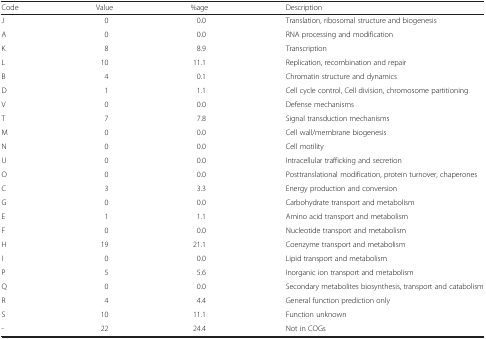
<table><thead><tr><td><b>Code</b></td><td><b>Value</b></td><td><b>%age</b></td><td><b>Description</b></td></tr></thead><tbody><tr><td>J</td><td>0</td><td>0.0</td><td>Translation, ribosomal structure and biogenesis</td></tr><tr><td>A</td><td>0</td><td>0.0</td><td>RNA processing and modification</td></tr><tr><td>K</td><td>8</td><td>8.9</td><td>Transcription</td></tr><tr><td>L</td><td>10</td><td>11.1</td><td>Replication, recombination and repair</td></tr><tr><td>B</td><td>4</td><td>0.1</td><td>Chromatin structure and dynamics</td></tr><tr><td>D</td><td>1</td><td>1.1</td><td>Cell cycle control, Cell division, chromosome partitioning</td></tr><tr><td>V</td><td>0</td><td>0.0</td><td>Defense mechanisms</td></tr><tr><td>T</td><td>7</td><td>7.8</td><td>Signal transduction mechanisms</td></tr><tr><td>M</td><td>0</td><td>0.0</td><td>Cell wall/membrane biogenesis</td></tr><tr><td>N</td><td>0</td><td>0.0</td><td>Cell motility</td></tr><tr><td>U</td><td>0</td><td>0.0</td><td>Intracellular trafficking and secretion</td></tr><tr><td>O</td><td>0</td><td>0.0</td><td>Posttranslational modification, protein turnover, chaperones</td></tr><tr><td>C</td><td>3</td><td>3.3</td><td>Energy production and conversion</td></tr><tr><td>G</td><td>0</td><td>0.0</td><td>Carbohydrate transport and metabolism</td></tr><tr><td>E</td><td>1</td><td>1.1</td><td>Amino acid transport and metabolism</td></tr><tr><td>F</td><td>0</td><td>0.0</td><td>Nucleotide transport and metabolism</td></tr><tr><td>H</td><td>19</td><td>21.1</td><td>Coenzyme transport and metabolism</td></tr><tr><td>I</td><td>0</td><td>0.0</td><td>Lipid transport and metabolism</td></tr><tr><td>P</td><td>5</td><td>5.6</td><td>Inorganic ion transport and metabolism</td></tr><tr><td>Q</td><td>0</td><td>0.0</td><td>Secondary metabolites biosynthesis, transport and catabolism</td></tr><tr><td>R</td><td>4</td><td>4.4</td><td>General function prediction only</td></tr><tr><td>S</td><td>10</td><td>11.1</td><td>Function unknown</td></tr><tr><td>-</td><td>22</td><td>24.4</td><td>Not in COGs</td></tr></tbody></table>